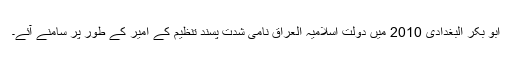
ابو بکر البغدادی 2010 میں دولت اسلامیہ العراق نامی شدت پسند تنظیم کے امیر کے طور پر سامنے آئے۔